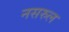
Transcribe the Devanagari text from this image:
नसरुल